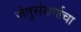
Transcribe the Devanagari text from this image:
जंतुसंसर्गाचा